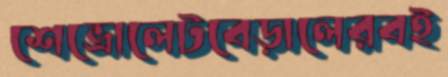
শেভ্রোলেটবেড়ালেরবই